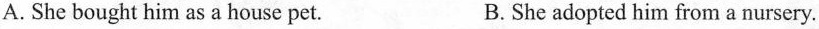
A.Shebought him as a house pet. B.She adopted him from a nursery.